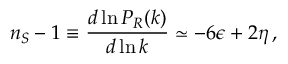
n _ { S } - 1 \equiv { \frac { d \ln { \cal P } _ { \cal R } ( k ) } { d \ln k } } \simeq - 6 \epsilon + 2 \eta \, ,